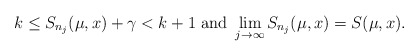
\begin{align*}k\leq S_{n_j}(\mu,x)+\gamma<k+1\mbox{ and } \lim_{j\to \infty} S_{n_j}(\mu,x)=S(\mu,x).\end{align*}